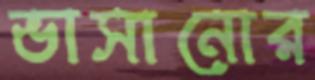
ভাসানোর